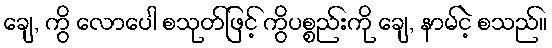
ချေ, ကွိ လောပေါ စသုတ်ဖြင့် ကွိပစ္စည်းကို ချေ, နာမ်ငဲ့ စသည်။